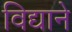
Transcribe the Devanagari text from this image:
विद्याने